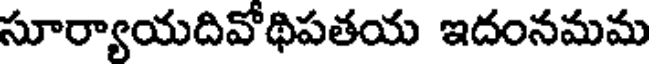
సూర్యాయదివోథిపతయ ఇదంనమమ